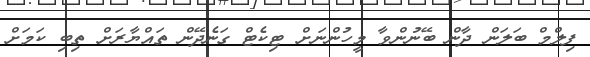
ފިލްމް ބަލަން ދާން ބޭނުންވާ މީހުންނަށް ޓިކެޓް ގަނެދޭން ތައްޔާރަށް ތިބި ކަމަށް